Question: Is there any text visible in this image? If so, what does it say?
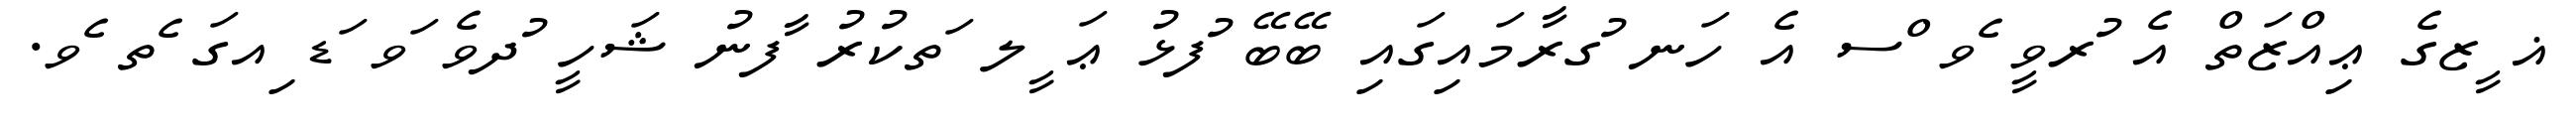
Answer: ޣ ީޒގެ ޢިއްޒަތް އެ ުރވީ ެވ ްސ އެ ހަނ ުގރާމައިގައި ބޭބޭ ުފޅު ޢަ ީލ ަތކުރު ާފނު ޝަހީ ުދވެ ަވ ަޑ ިއގަ ެތ ެވ.